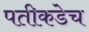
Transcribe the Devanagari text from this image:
पतीकडेच